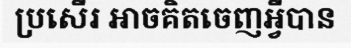
ប្រសើរ អាចគិតចេញអ្វីបាន